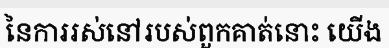
នៃការរស់នៅរបស់ពួកគាត់នោះ យើង